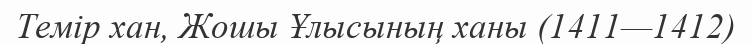
Темір хан, Жошы Ұлысының ханы (1411—1412)